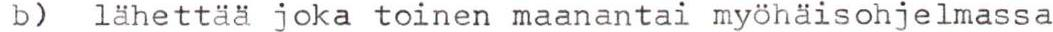
b) lähettää joka toinen maanantai myöhäisohjelmassa